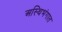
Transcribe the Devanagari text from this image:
अस्थिभंगात